Annual report of lunatic asylums [Bombay] - 1912-1922
Year: 1912
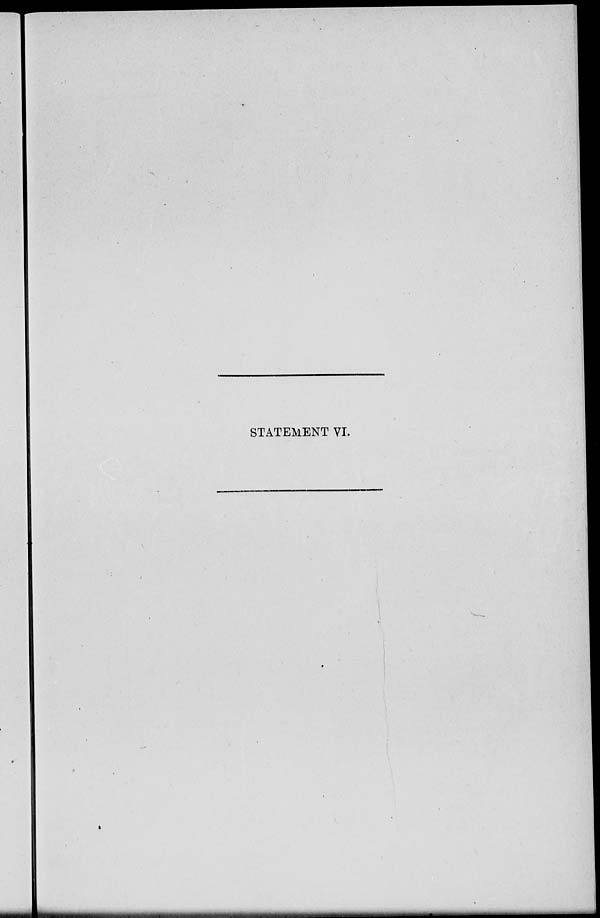
STATEMENT VI.